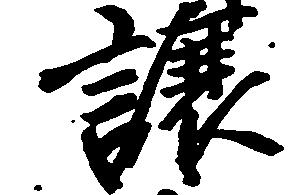
譲